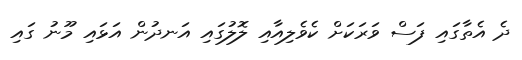
ދެ އެތާގައި ފަސް ވަރަކަށް ކެވެލިއާއި ލޮލުގައި އަނދުން އަޅައި މޫނު ގައި